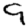
Digit: 9